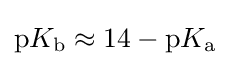
\mathrm {p} K_{\text{b}}\approx 14-\mathrm {p} K_{\text{a}}